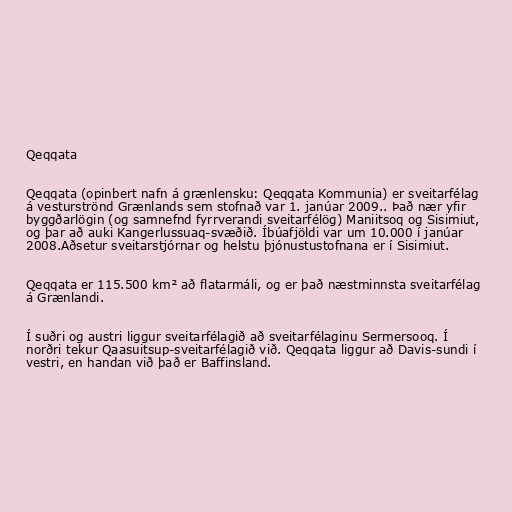
Qeqqata

Qeqqata (opinbert nafn á grænlensku: Qeqqata Kommunia) er sveitarfélag
á vesturströnd Grænlands sem stofnað var 1. janúar 2009.. Það nær yfir
byggðarlögin (og samnefnd fyrrverandi sveitarfélög) Maniitsoq og Sisimiut,
og þar að auki Kangerlussuaq-svæðið. Íbúafjöldi var um 10.000 í janúar
2008.Aðsetur sveitarstjórnar og helstu þjónustustofnana er í Sisimiut.

Qeqqata er 115.500 km² að flatarmáli, og er það næstminnsta sveitarfélag
á Grænlandi.

Í suðri og austri liggur sveitarfélagið að sveitarfélaginu Sermersooq. Í
norðri tekur Qaasuitsup-sveitarfélagið við. Qeqqata liggur að Davis-sundi í
vestri, en handan við það er Baffinsland.